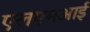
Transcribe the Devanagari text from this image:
एलएमआई